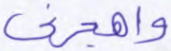
واهجرني